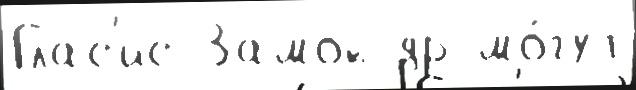
Глас'ис Замок др мо́гут